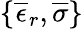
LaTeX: \{ \overline{{\epsilon}}_{r},\overline{{\sigma}}\}